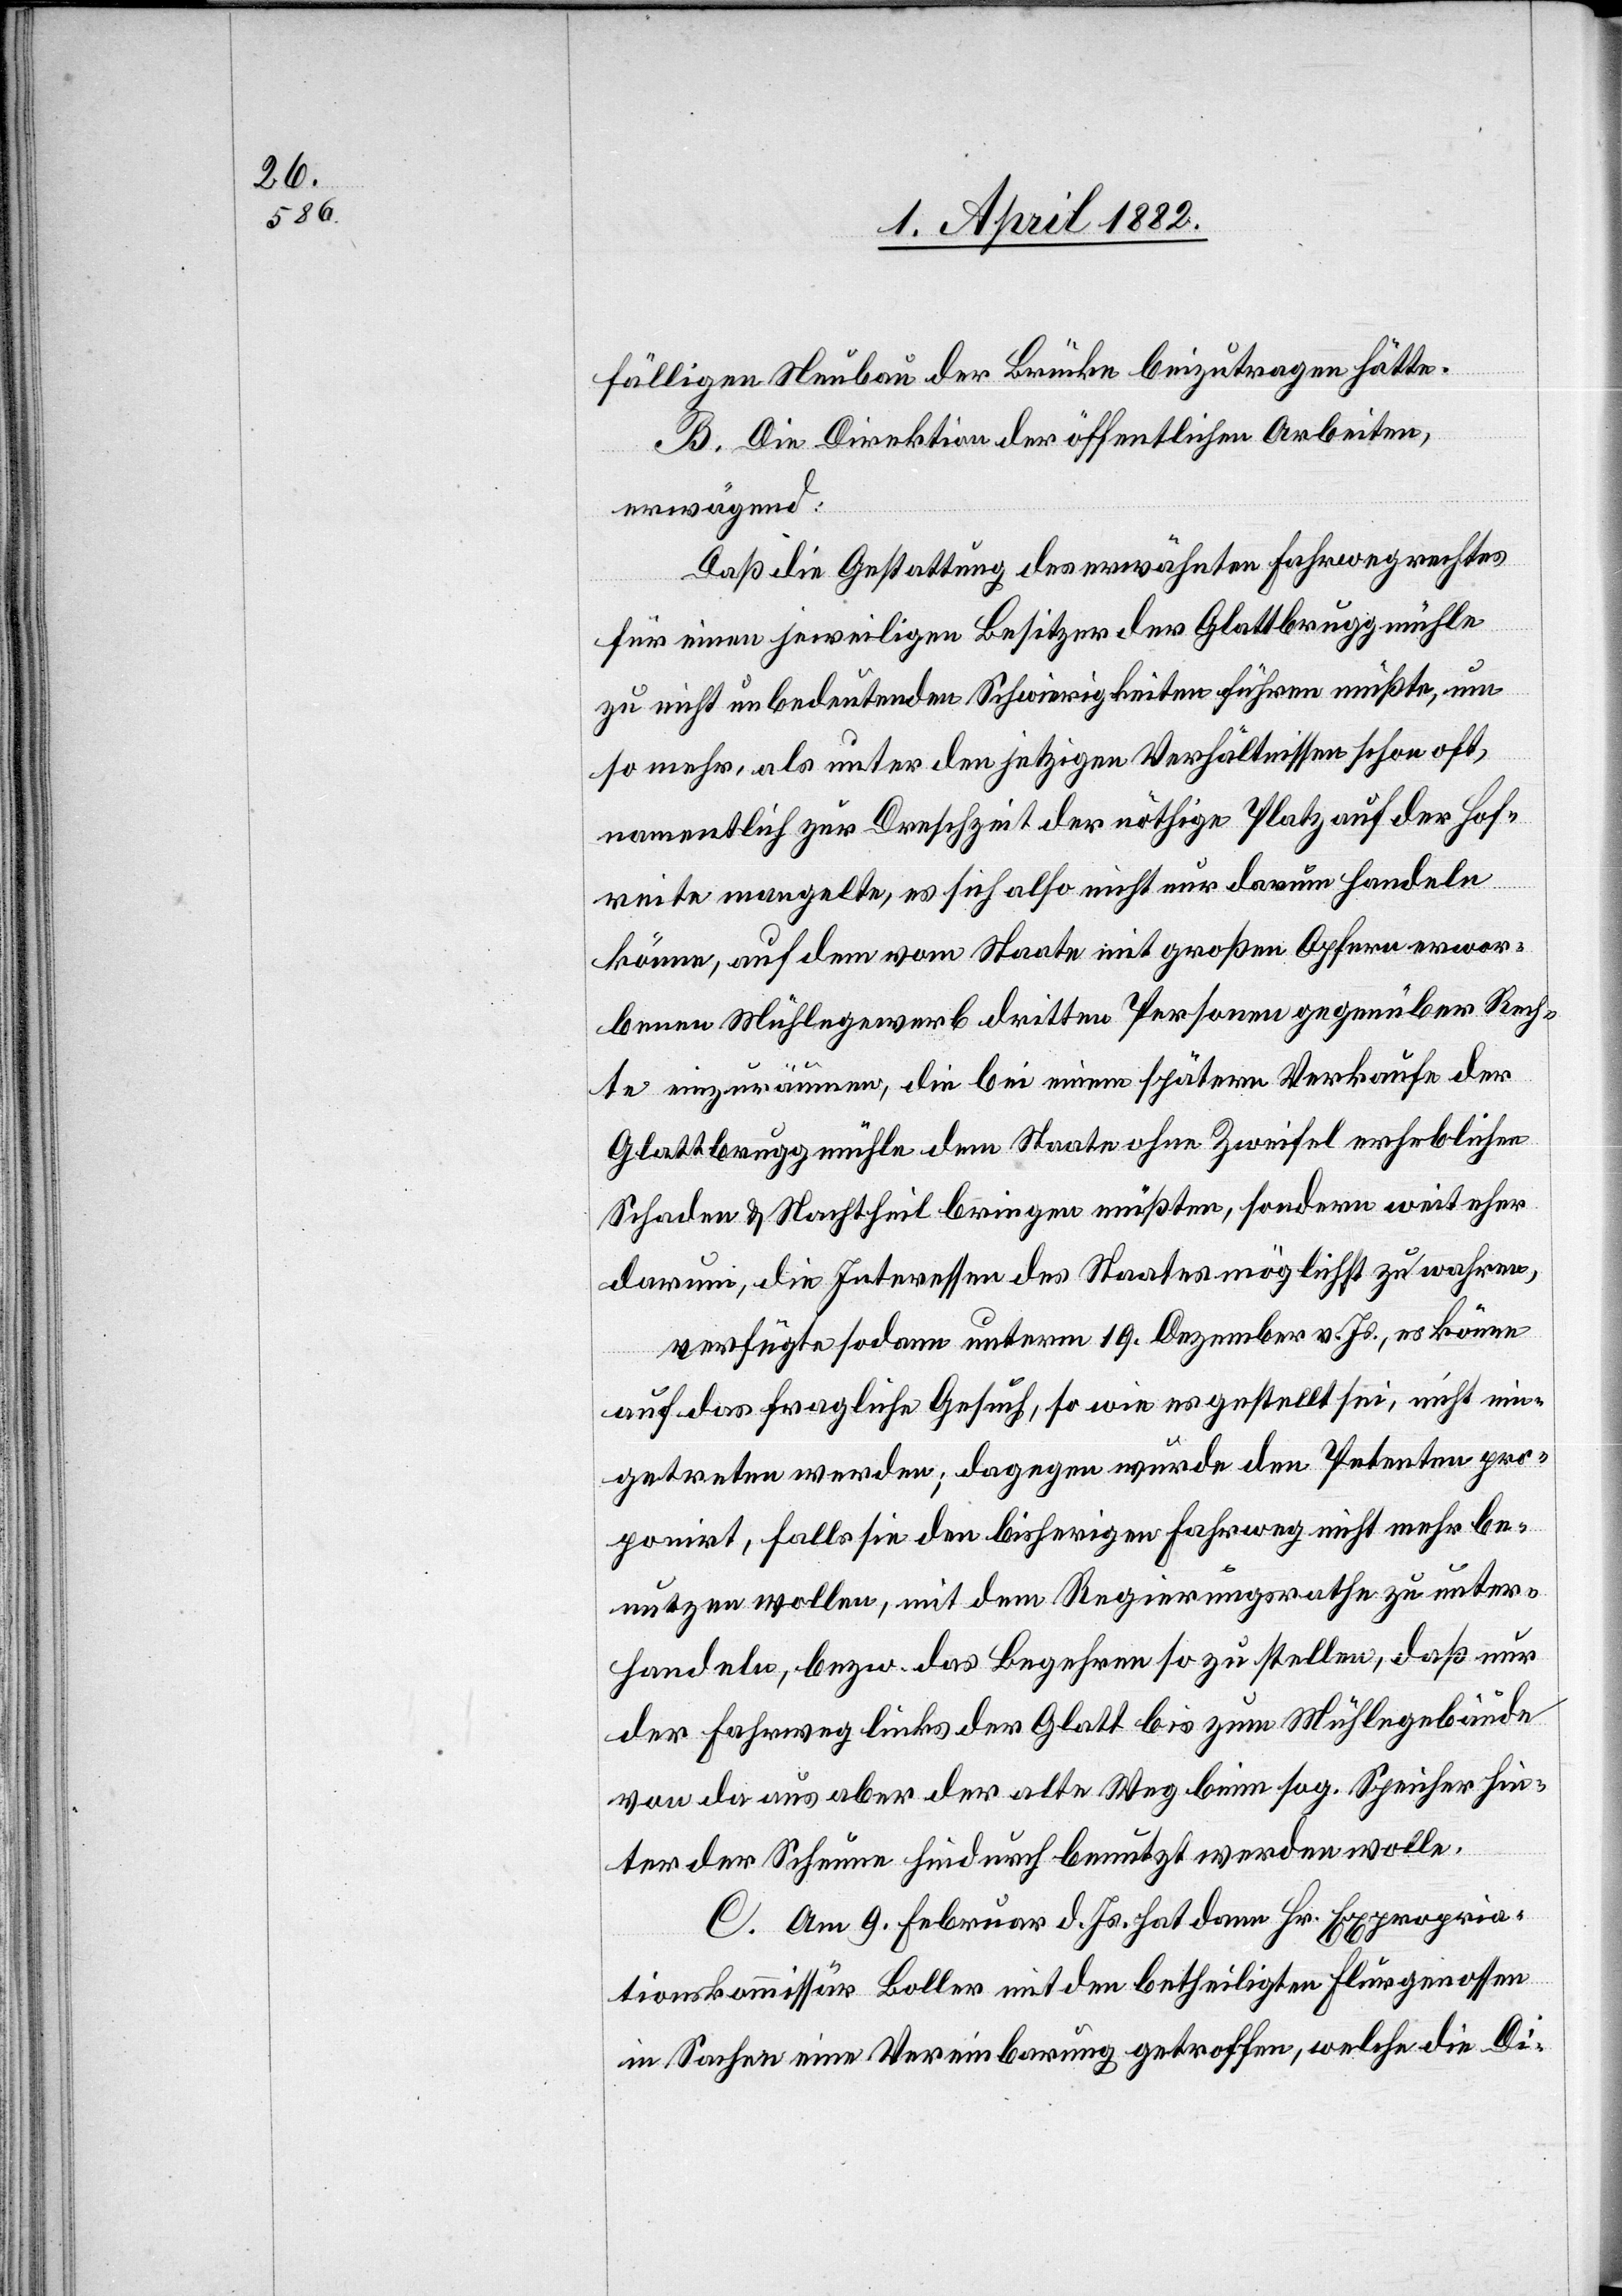
fälligen Neubau der Brücke beizutragen hätte.
B. Die Direktion der öffentlichen Arbeiten,
erwägend:
Daß die Gestattung des erwähnten Fahrwegrechtes
für einen jeweiligen Besitzer der Glattbruggmühle
zu nicht unbedeutenden Schwierigkeiten führen müßte, um
so mehr, als unter den jetzigen Verhältnissen schon oft,
namentlich zur Dreschzeit der nöthige Platz auf der Hof¬
reite mangelte, es sich also nicht nur darum handeln
könne, auf dem vom Staate mit großen Opfern erwor¬
benen Mühlegewerb dritten Personen gegenüber Rech¬
te einzuräumen, die bei einem spätern Verkaufe der
Glattbruggmühle dem Staate ohne Zweifel erheblichen
Schaden & Nachtheil bringen müßten, sondern weit eher
darum, die Interessen des Staates möglichst zu wahren,
verfügte sodann unterm 19. Dezember v. Js., es könne
auf das fragliche Gesuch, so wie es gestellt sei, nicht ein¬
getreten werden; dagegen würde den Petenten pro¬
ponirt, falls sie den bisherigen Fahrweg nicht mehr be¬
nutzen wollen, mit dem Regierungsrathe zu unter¬
handeln, bezw. das Begehren so zu stellen, daß nur
der Fahrweg links der Glatt bis zum Mühlegebäude
von da aus aber der alte Weg beim sog. Speicher hin¬
ter der Scheune hindurch benutzt werden wolle.
C. Am 9. Februar d. Js. hat dann Hr. Expropria¬
tionskommissär Boller mit den betheiligten Flurgenossen
in Sachen eine Vereinbarung getroffen, welche die Di-